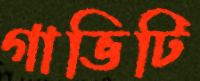
গাভিটি